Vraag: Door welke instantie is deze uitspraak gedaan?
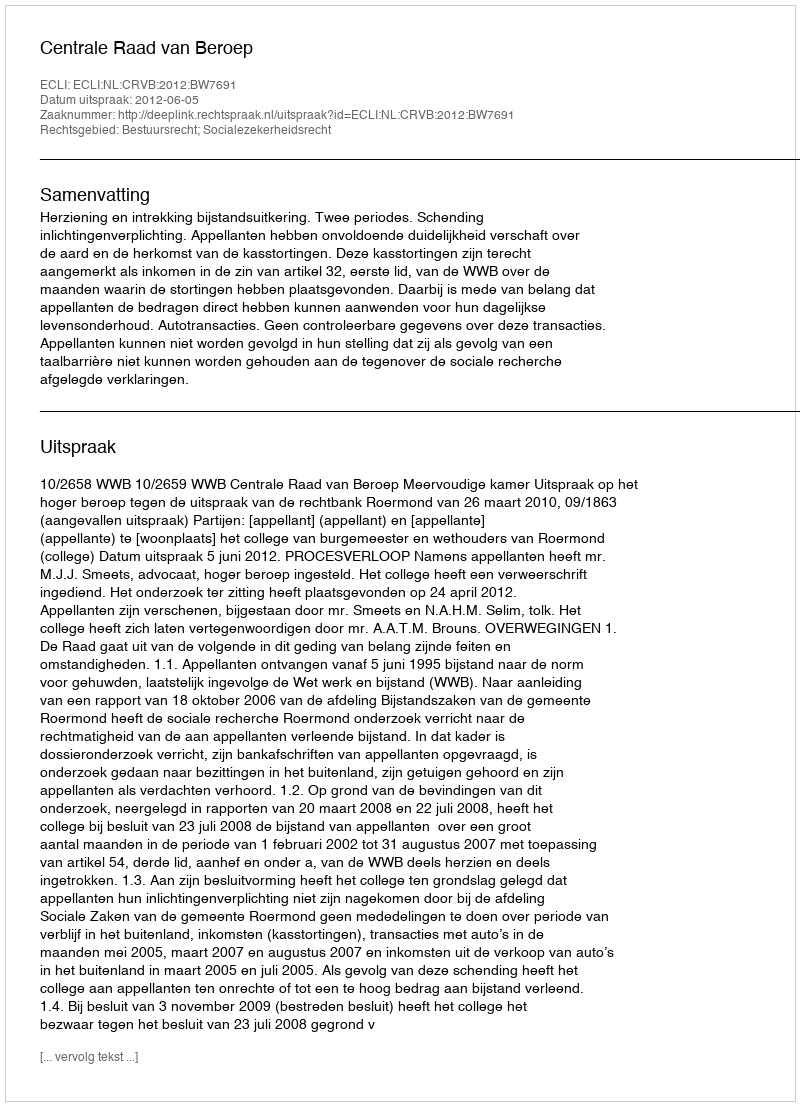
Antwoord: Centrale Raad van Beroep